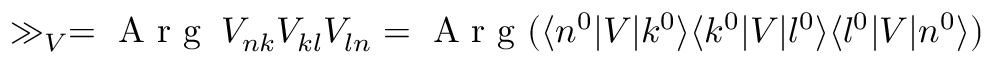
\gg _ { V } = \mathrm { ~ A ~ r ~ g ~ } \: V _ { n k } V _ { k l } V _ { l n } = \mathrm { ~ A ~ r ~ g ~ } ( \langle n ^ { 0 } \lvert V \lvert k ^ { 0 } \rangle \langle k ^ { 0 } \lvert V \lvert l ^ { 0 } \rangle \langle l ^ { 0 } \lvert V \lvert n ^ { 0 } \rangle )